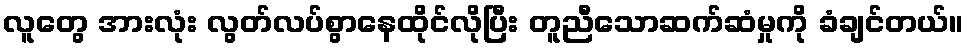
လူတွေ အားလုံး လွတ်လပ်စွာနေထိုင်လိုပြီး တူညီသောဆက်ဆံမှုကို ခံချင်တယ်။